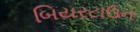
બિયરટાઉન